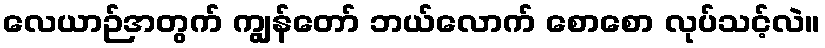
လေယာဉ်အတွက် ကျွန်တော် ဘယ်လောက် စောစော လုပ်သင့်လဲ။